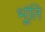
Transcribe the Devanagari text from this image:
भूंति